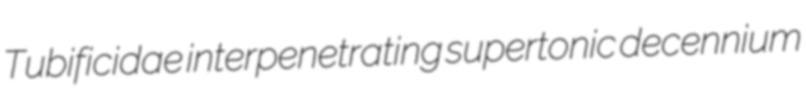
Tubificidae interpenetrating supertonic decennium